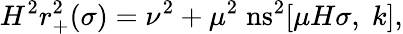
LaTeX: H^{2}r_{+}^{2}(\sigma)=\nu^{2}+\mu^{2}\; \mathrm{ns}^{2}[\mu H\sigma,\; k],